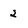
Character: 2